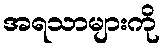
အရသာများကို